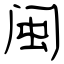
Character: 闽